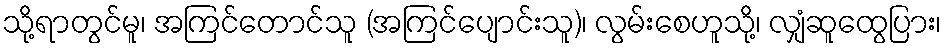
သို့ရာတွင်မူ၊ အကြင်တောင်သူ (အကြင်ပျောင်းသူ)၊ လွမ်းစေဟူသို့၊ လျှံဆူထွေပြား၊